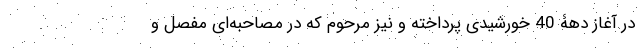
در آغاز دهۀ 40 خورشیدی پرداخته و نیز مرحوم که در مصاحبه‌ای مفصل و